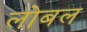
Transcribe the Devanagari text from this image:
लोबल